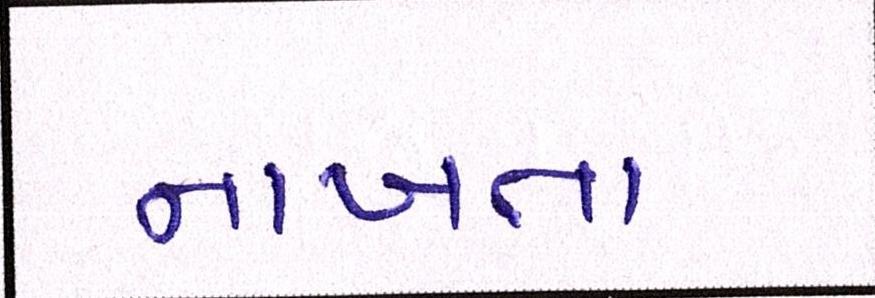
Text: નાખતા